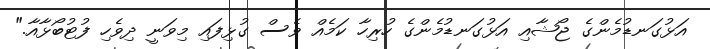
އަޅުގަނޑުމެންގެ ޖޯޝާއި އަޅުގަނޑުމެންގެ ހުރިހާ ކަމެއް ވެސް ގުޅިފައި މިވަނީ ދިވެހި ފުޓުބޯޅާއާ."